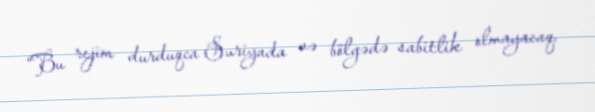
“Bu rejim durduqca Suriyada və bölgədə sabitlik olmayacaq.